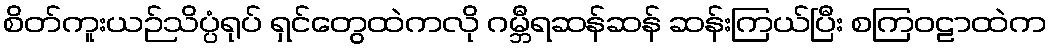
စိတ်ကူးယဉ်သိပ္ပံရုပ် ရှင်တွေထဲကလို ဂမ္ဘီရဆန်ဆန် ဆန်းကြယ်ပြီး စကြဝဠာထဲက